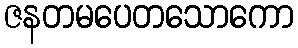
ဇနတမပေတသောကော